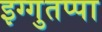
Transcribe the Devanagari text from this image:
इग्गुतप्पा